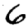
Digit: 6